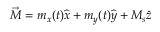
\vec { M } = m _ { x } ( t ) \widehat { x } + m _ { y } ( t ) \widehat { y } + M _ { s } \widehat { z }